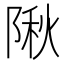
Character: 𨺹